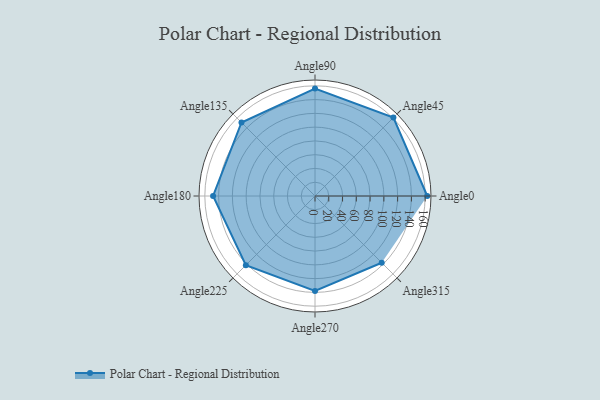
{"axis": {"x": "Angle", "y": "Radius"}, "legend": [""], "data": [{"x": "Angle0", "y": 163.0, "type": ""}, {"x": "Angle45", "y": 161.0, "type": ""}, {"x": "Angle90", "y": 156.0, "type": ""}, {"x": "Angle135", "y": 151.0, "type": ""}, {"x": "Angle180", "y": 148.0, "type": ""}, {"x": "Angle225", "y": 142.0, "type": ""}, {"x": "Angle270", "y": 138.0, "type": ""}, {"x": "Angle315", "y": 137.0, "type": ""}]}